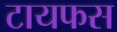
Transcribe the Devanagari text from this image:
टायफस